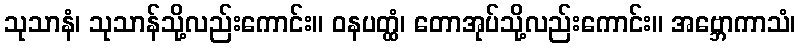
သုသာနံ၊ သုသာန်သို့လည်းကောင်း။ ဝနပတ္ထံ၊ တောအုပ်သို့လည်းကောင်း။ အဗ္ဘောကာသံ၊